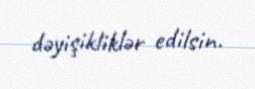
dəyişikliklər edilsin.